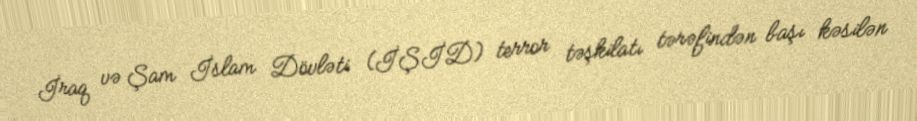
İraq və Şam İslam Dövləti (İŞİD) terror təşkilatı tərəfindən başı kəsilən